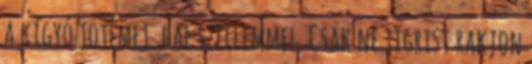
a kígyó totemet. hal szellemmel. Csak ne tigrist rakjon